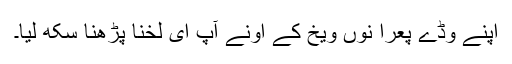
اپنے وڈے پعرا نوں ویخ کے اونے آپ ای لخنا پڑھنا سکھ لیا۔